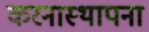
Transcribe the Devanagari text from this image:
करनास्थापना